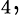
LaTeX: _{4},